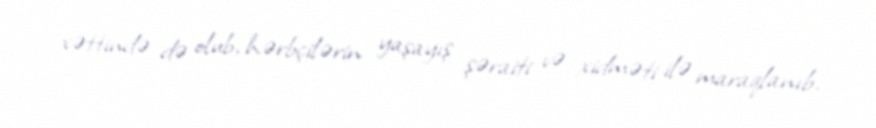
xəttində də olub, hərbçilərin yaşayış şəraiti və xidməti ilə maraqlanıb.